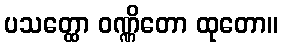
ပသတ္ထော ဝဏ္ဏိတော ထုတော။